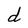
Character: d